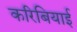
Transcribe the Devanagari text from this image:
करिबियाई